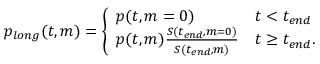
\begin{array} { r } { p _ { l o n g } ( t , m ) = \left\{ \begin{array} { l l } { p ( t , m = 0 ) } & { t < t _ { e n d } } \\ { p ( t , m ) \frac { S ( t _ { e n d } , m = 0 ) } { S ( t _ { e n d } , m ) } } & { t \geq t _ { e n d } . } \end{array} \right. } \end{array}